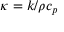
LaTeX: \kappa = k / \rho c _ { p }